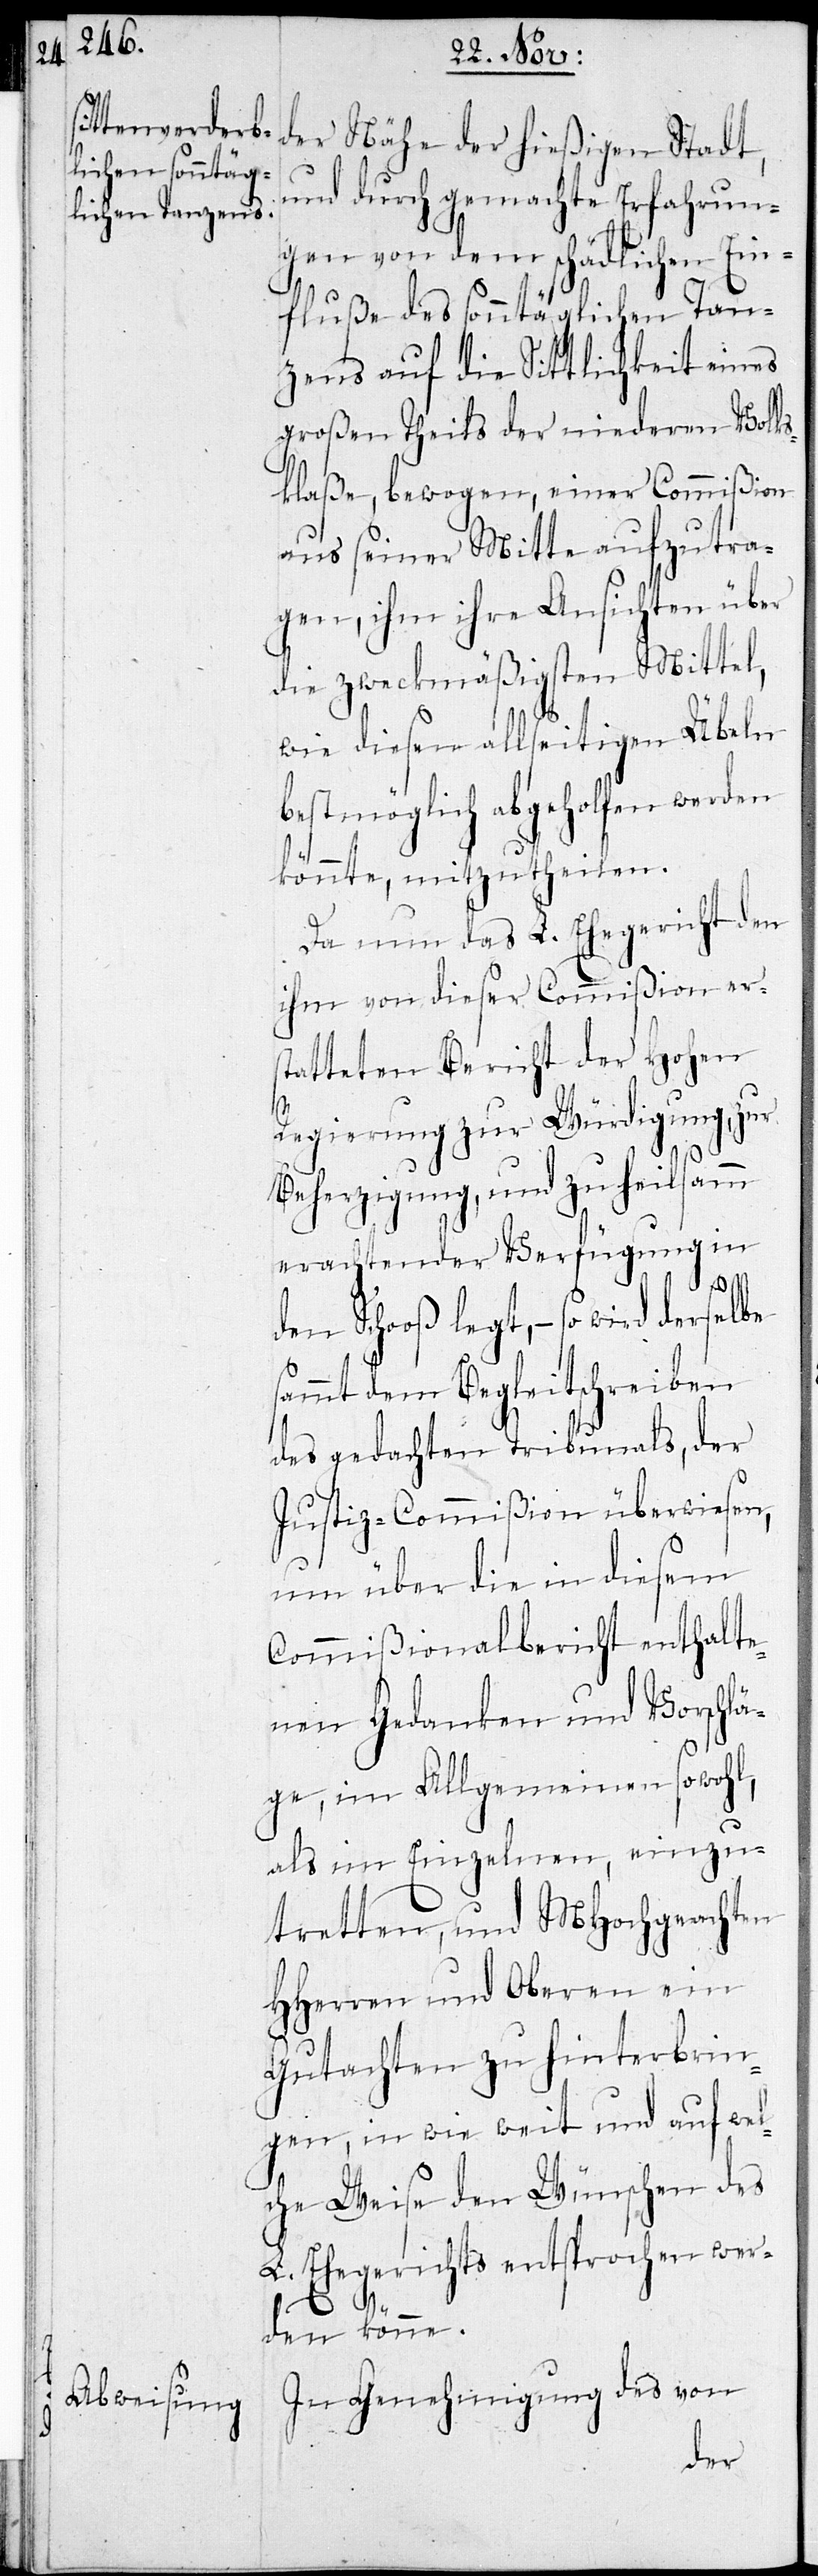
der Nähe der hießigen Stadt
und durch gemachte Erfahrun¬
gen von dem schädlichen Ein¬
fluße des sonntäglichen Tan¬
zens auf die Sittlichkeit eines
großen Theils der niederen Volks¬
klaße, bewogen, einer Commißion
aus seiner Mitte aufzutra¬
gen, ihm ihre Ansichten über
die zweckmäßigsten Mittel,
wie diesen allseitigen Übeln
bestmöglich abgeholfen werden
könnte, mitzutheilen.
Da nun das L. Ehegericht den
ihm von dieser Commißion ers¬
tatteten Bericht der Hohen
Regierung zur Würdigung, zur
Beherzigung, und zu heilsamm
erachtender Verfügung in
den Schooß legt, – so wird derselbe
sammt dem Begleitschreiben
des gedachten Tribunals, der
Justiz-Commißion überwiesen,
um über die in diesem
Commißionalbericht enthalte¬
nen Gedanken und Vorschlä¬
ge, im Allgemeinen sowohl,
als im Einzelnen, einzu¬
tretten, und MHochgeachten
HHerren und Oberen ein
Gutachten zu hinterbrin¬
gen, in wie weit und auf wel¬
che Weise den Wünschen des
L. Ehegerichts entsprochen wer¬
den könne.
In Genehmigung des von